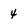
Character: 4